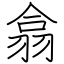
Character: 翕